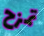
تمزح